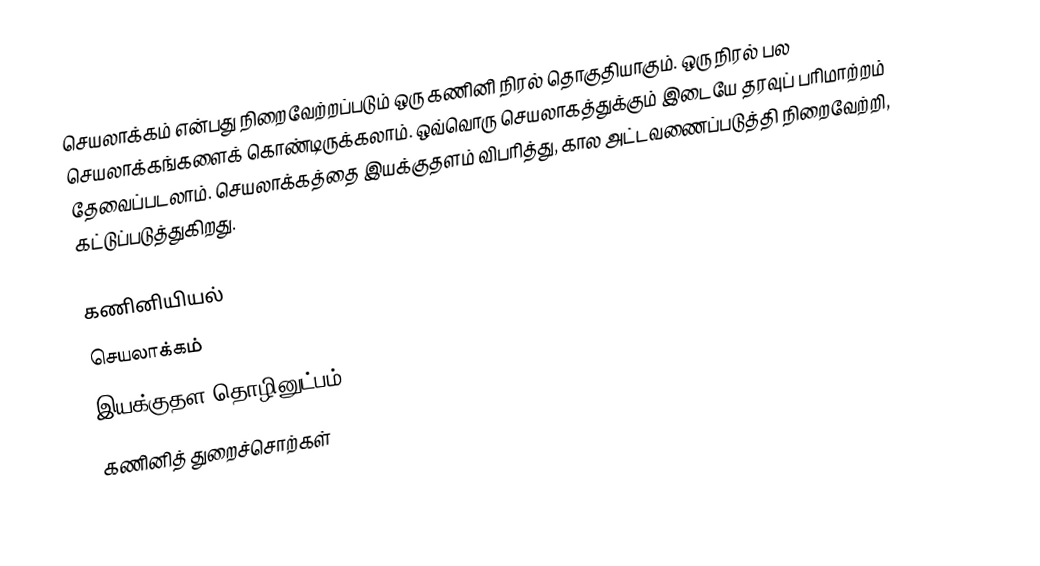
செயலாக்கம் என்பது நிறைவேற்றப்படும் ஒரு கணினி நிரல் தொகுதியாகும்.  ஒரு நிரல் பல செயலாக்கங்களைக் கொண்டிருக்கலாம்.  ஒவ்வொரு செயலாகத்துக்கும் இடையே தரவுப் பரிமாற்றம் தேவைப்படலாம்.  செயலாக்கத்தை இயக்குதளம் விபரித்து, கால அட்டவணைப்படுத்தி நிறைவேற்றி, கட்டுப்படுத்துகிறது.

கணினியியல்
செயலாக்கம்
இயக்குதள தொழினுட்பம்
கணினித் துறைச்சொற்கள்